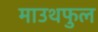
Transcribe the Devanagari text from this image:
माउथफुल